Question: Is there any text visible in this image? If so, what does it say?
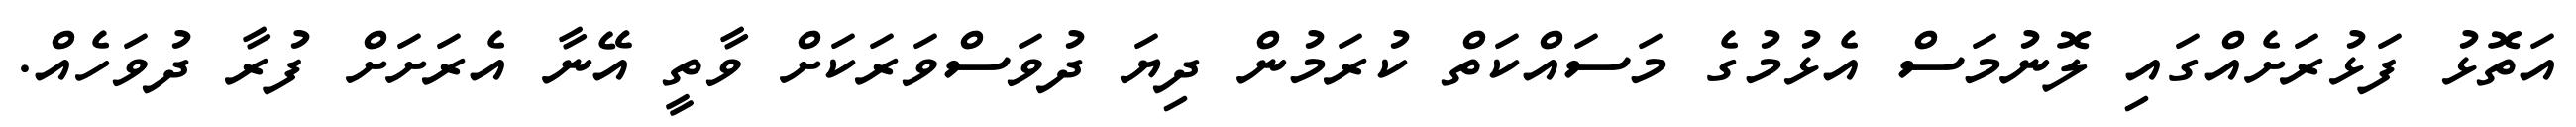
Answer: އަތޮޅު ފަޅުރަށެއްގައި ލޮނުމަސް އެޅުމުގެ މަސައްކަތް ކުރަމުން ދިޔަ ދުވަސްވަރަކަށް ވާތީ އޭނާ އެރަށަށް ފުރާ ދުވަހެއް.